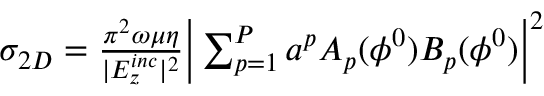
\begin{array} { r } { \sigma _ { 2 D } = { \frac { \pi ^ { 2 } \omega \mu \eta } { | E _ { z } ^ { i n c } | ^ { 2 } } } \Big | \sum _ { p = 1 } ^ { P } a ^ { p } A _ { p } ( \phi ^ { 0 } ) B _ { p } ( \phi ^ { 0 } ) \Big | ^ { 2 } } \end{array}